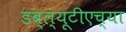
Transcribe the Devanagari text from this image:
डब्ल्यूटीएच्या